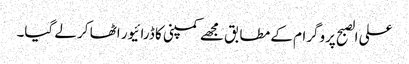
علی الصبح پروگرام کے مطابق مجھے کمپنی کا ڈرائیور اٹھا کر لے گیا۔